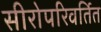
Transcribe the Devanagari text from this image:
सीरोपरिवर्तित